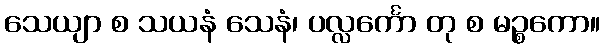
သေယျာ စ သယနံ သေနံ၊ ပလ္လင်္ကော တု စ မဉ္စကော။